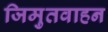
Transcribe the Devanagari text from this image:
जिमुतवाहन